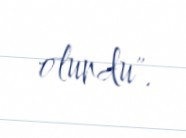
olundu".